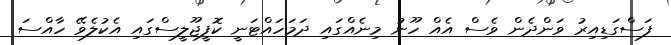
ފަސްގަޑިއިރު ވަންދެން ވެސް އެއް ހޫނު މިނެއްގައި ދަމަހައްޓަނީ ކޮފީޖޫލީސްގައި އެކުލެވޭ ހާއްސަ